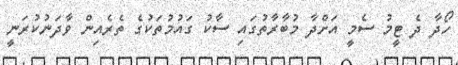
ހޯދާ ދެ ޓީމު ސެމީ އަށްދާ މުބާރާތުގައި ސާކު ގައުމުތަކުގެ ތެރެއިން ވާދަނުކުރަނީ